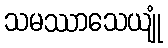
သမဿာသေယျုံ